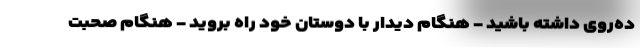
ده‌روی داشته باشید - هنگام دیدار با دوستان خود راه بروید - هنگام صحبت